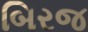
બિરજ